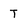
Character: T